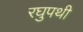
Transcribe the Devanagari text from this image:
रघुपथी